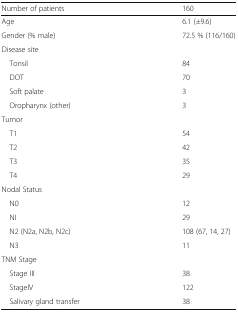
<table><thead><tr><td><b>Number of patients</b></td><td><b>160</b></td></tr></thead><tbody><tr><td>Age</td><td>6.1 (±9.6)</td></tr><tr><td>Gender (% male)</td><td>72.5 % (116/160)</td></tr><tr><td colspan="2">Disease site</td></tr><tr><td> Tonsil</td><td>84</td></tr><tr><td> DOT</td><td>70</td></tr><tr><td> Soft palate</td><td>3</td></tr><tr><td> Oropharynx (other)</td><td>3</td></tr><tr><td colspan="2">Tumor</td></tr><tr><td> T1</td><td>54</td></tr><tr><td> T2</td><td>42</td></tr><tr><td> T3</td><td>35</td></tr><tr><td> T4</td><td>29</td></tr><tr><td colspan="2">Nodal Status</td></tr><tr><td> N0</td><td>12</td></tr><tr><td> NI</td><td>29</td></tr><tr><td> N2 (N2a, N2b, N2c)</td><td>108 (67, 14, 27)</td></tr><tr><td> N3</td><td>11</td></tr><tr><td colspan="2">TNM Stage</td></tr><tr><td> Stage III</td><td>38</td></tr><tr><td> StagelV</td><td>122</td></tr><tr><td> Salivary gland transfer</td><td>38</td></tr></tbody></table>